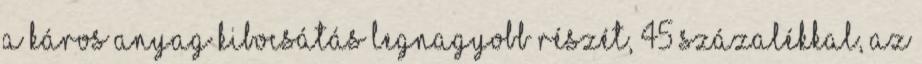
a káros anyag kibocsátás legnagyobb részét, 45 százalékkal, az